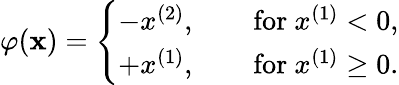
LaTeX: \varphi(\mathbf x)=\left\{ \begin{array}{ll}{-x^{(2)},\qquad\mathrm{for\ }x^{(1)}<0,}\\ {+x^{(1)},\qquad\mathrm{for\ }x^{(1)}\ge 0.}\end{array}\right.